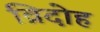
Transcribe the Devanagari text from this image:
व्रिदोह